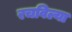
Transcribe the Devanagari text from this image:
रचविल्या